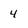
Character: 4